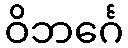
ဝိဘင်္ဂေ